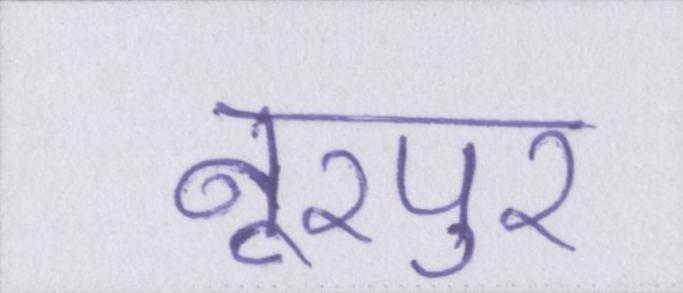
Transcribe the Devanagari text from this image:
नूरपुर